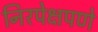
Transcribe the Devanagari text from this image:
निरपेक्षपणे